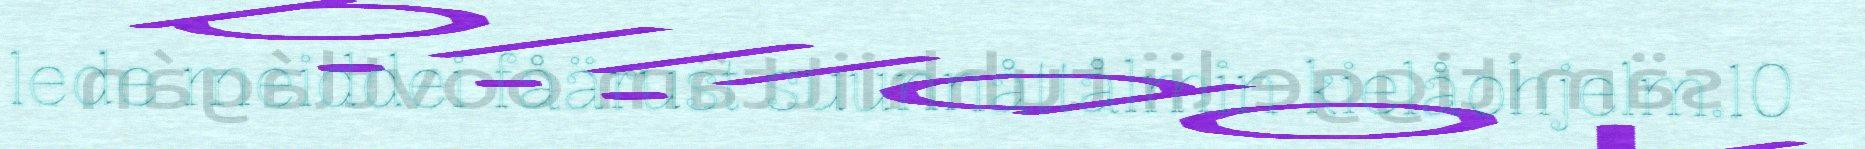
lede meiddei fåärust suunnåttålmin kielåohjelm.10